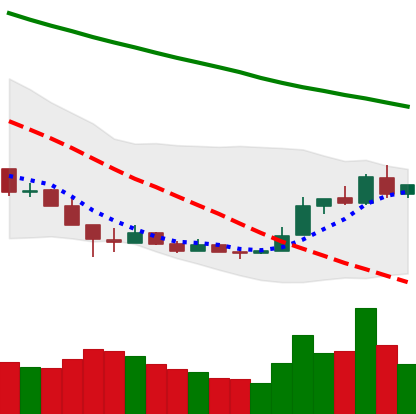
Ticker: LTC-USD
Chart end date: 2018-12-22
Forward return: -11.18%
Label: down_7plus